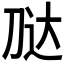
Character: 𭃢